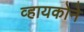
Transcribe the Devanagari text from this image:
व्हायकोने